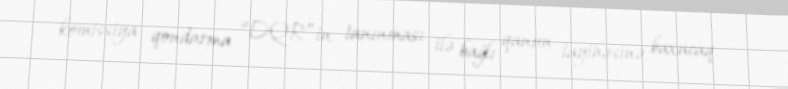
komissiya qondarma “DQR”in tanınması ilə bağlı qanun layihəsinə baxacaq.